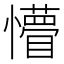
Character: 懵